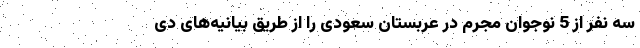
سه نفر از 5 نوجوان مجرم در عربستان سعودی را از طریق بیانیه‌های دی